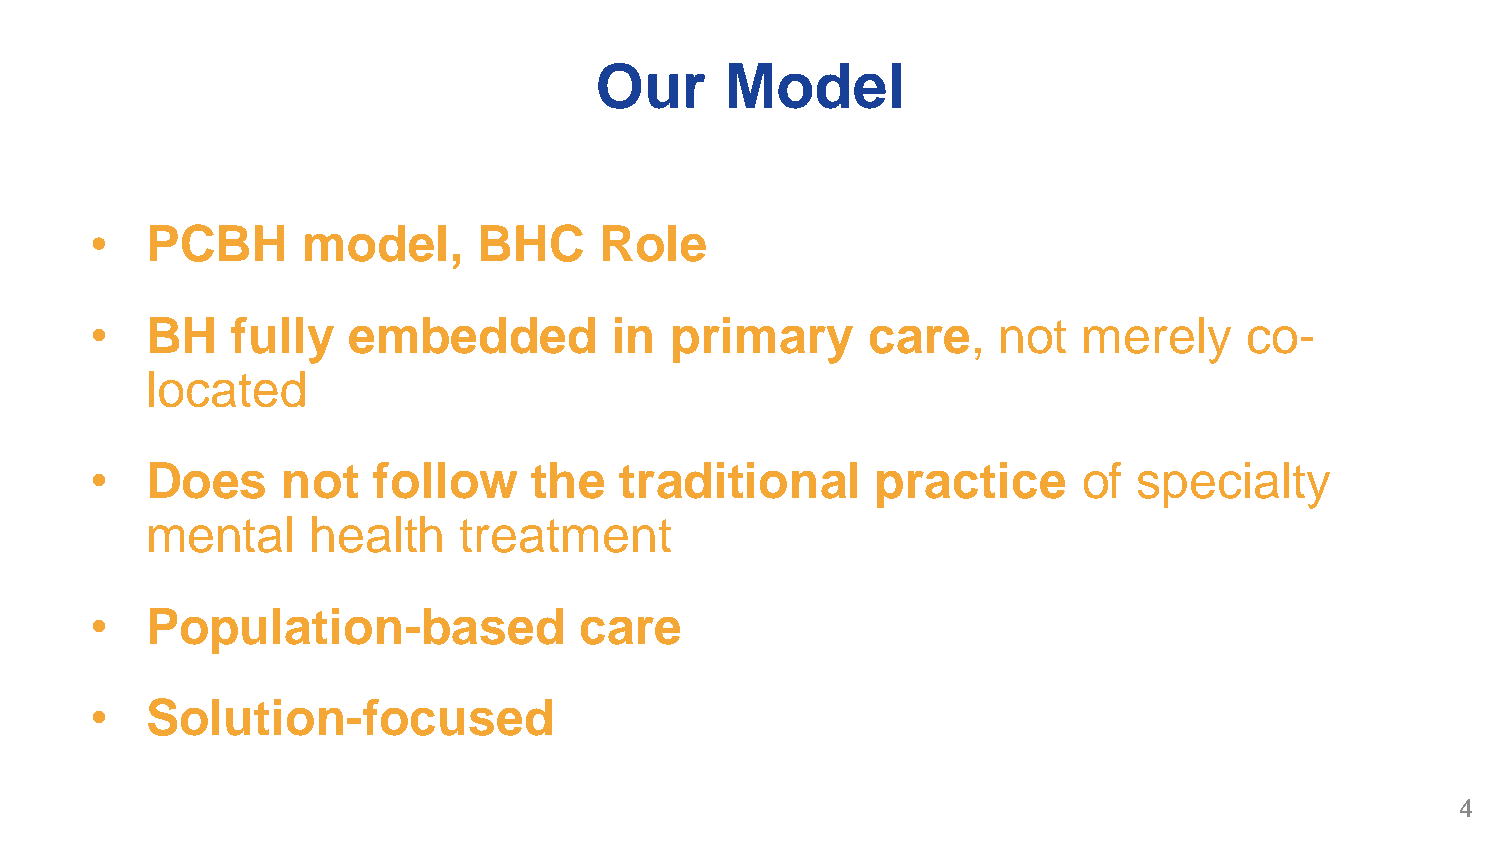
Our      Model
 •   PCBH      model,      BHC     Role
 •   BH   fully   embedded          in primary      care,    not   merely     co-
 located
 •   Does     not   follow    the   traditional      practice      of specialty
 mental     health   treatment
 •   Population-based            care
 •   Solution-focused
 4